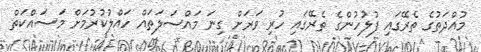
މުއްދަތުގެ ތެރޭގައި ފުލުހުންގެ ތެރޭގައި ހުރި ވަރަށް ގިނަ މައްސަލަތައް ހައްލުކުރުމަށް މަސައްކަތް